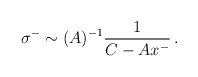
LaTeX: \begin{align*}\sigma^{-} \sim (A)^{-1}\frac{1}{C - Ax^{-}} \,.\end{align*}